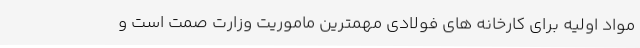
مواد اولیه برای کارخانه های فولادی مهمترین ماموریت وزارت صمت است و